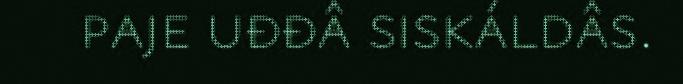
paje uđđâ siskáldâs.